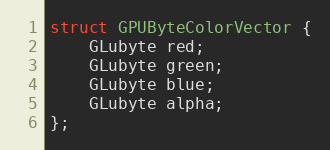
Language: C
struct GPUByteColorVector {
    GLubyte red;
    GLubyte green;
    GLubyte blue;
    GLubyte alpha;
};